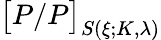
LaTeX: \big[P/P\big]_{S(\xi;K,\lambda)}